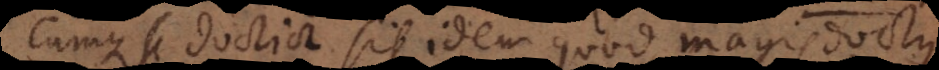
Cumque si doctior sit idem quod magis doctus